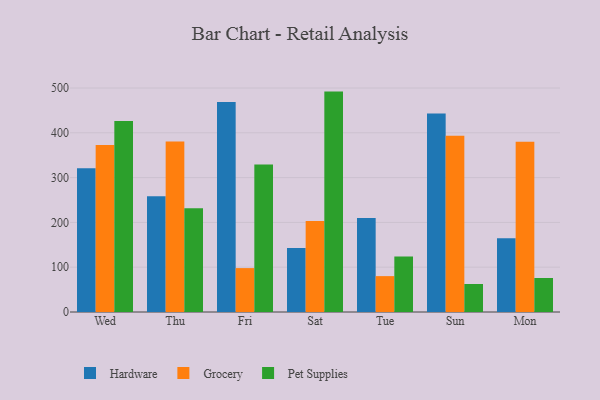
{"axis": {"x": "Day", "y": "Operating Costs (USD K)"}, "legend": ["Grocery", "Hardware", "Pet Supplies"], "data": [{"x": "Wed", "y": 321.1, "type": "Hardware"}, {"x": "Wed", "y": 373.0, "type": "Grocery"}, {"x": "Wed", "y": 426.5, "type": "Pet Supplies"}, {"x": "Thu", "y": 258.4, "type": "Hardware"}, {"x": "Thu", "y": 380.7, "type": "Grocery"}, {"x": "Thu", "y": 231.4, "type": "Pet Supplies"}, {"x": "Fri", "y": 468.9, "type": "Hardware"}, {"x": "Fri", "y": 98.0, "type": "Grocery"}, {"x": "Fri", "y": 329.3, "type": "Pet Supplies"}, {"x": "Sat", "y": 142.9, "type": "Hardware"}, {"x": "Sat", "y": 203.4, "type": "Grocery"}, {"x": "Sat", "y": 492.0, "type": "Pet Supplies"}, {"x": "Tue", "y": 209.6, "type": "Hardware"}, {"x": "Tue", "y": 80.1, "type": "Grocery"}, {"x": "Tue", "y": 123.7, "type": "Pet Supplies"}, {"x": "Sun", "y": 443.1, "type": "Hardware"}, {"x": "Sun", "y": 393.3, "type": "Grocery"}, {"x": "Sun", "y": 62.5, "type": "Pet Supplies"}, {"x": "Mon", "y": 164.9, "type": "Hardware"}, {"x": "Mon", "y": 379.9, "type": "Grocery"}, {"x": "Mon", "y": 75.9, "type": "Pet Supplies"}]}